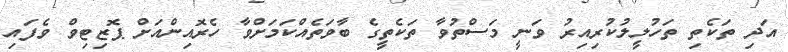
އަދި ތަކެތި ތަހުލީލުކުރިއިރު ވަނީ މަސްތުވާ ތަކެތީގެ ބާވަތެއްކަމަށްވާ ހެރޮއިންއަށް ޕޮޒިޓިވް ވެފައި